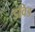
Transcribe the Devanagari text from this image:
डविड